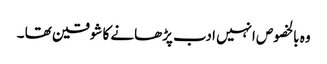
وہ بالخصوص انہیں ادب پڑھانے کا شوقین تھا ۔